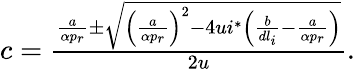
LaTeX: \begin{array}{r}{c=\frac{\frac{a}{\alpha p_{r}}\pm\sqrt{\left(\frac{a}{\alpha p_{r}}\right)^{2}-4ui^{*}\left(\frac{b}{dl_{i}}-\frac{a}{\alpha p_{r}}\right)}}{2u}.}\end{array}